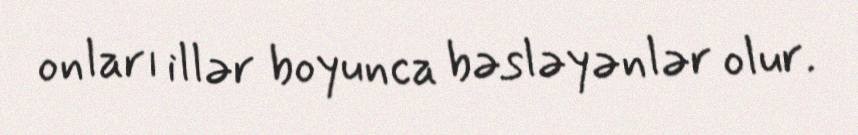
onları illər boyunca bəsləyənlər olur.